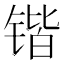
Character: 锴